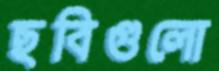
ছবিগুলো